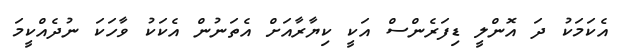
އެކަމަކު ދަ އޮންލީ ޑިފަރެންސް އަކީ ކިޔާރާއަށް އެތަނުން އެކަކު ވާހަކަ ނުދެއްކީމަ